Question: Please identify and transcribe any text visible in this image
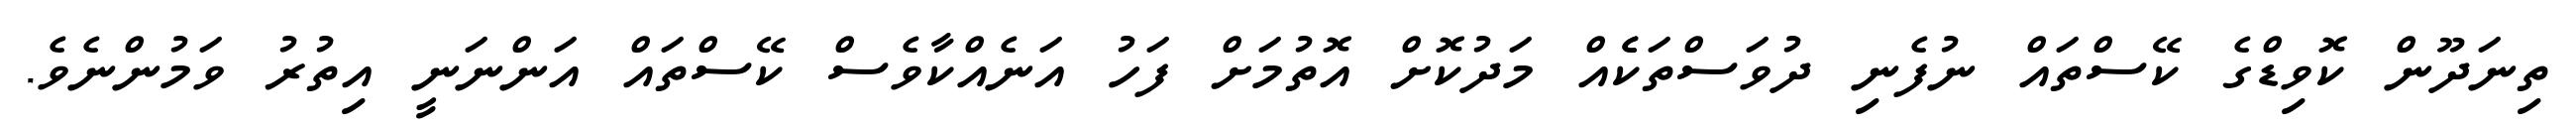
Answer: ތިނަދޫން ކޮވިޑްގެ ކޭސްތައް ނުފެނި ދުވަސްތަކެެއް މަދުކޮށް އޮތުމަށް ފަހު އަނެއްކާވެސް ކޭސްތައް އަންނަނީ އިތުރު ވަމުންނެވެ.